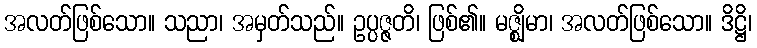
အလတ်ဖြစ်သော။ သညာ၊ အမှတ်သည်။ ဥပ္ပဇ္ဇတိ၊ ဖြစ်၏။ မဇ္ဈိမာ၊ အလတ်ဖြစ်သော။ ဒိဋ္ဌိ၊